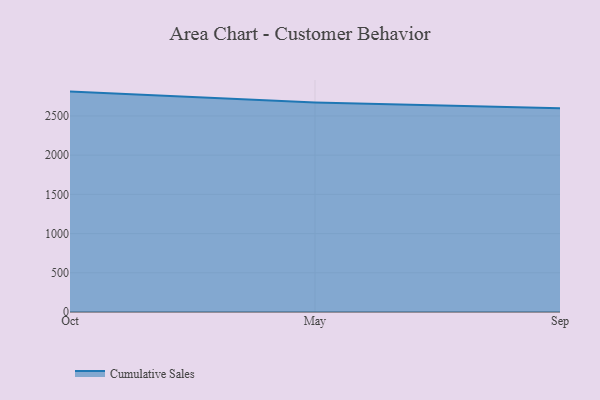
{"axis": {"x": "Month", "y": "Website Visitors"}, "legend": ["Cumulative Sales"], "data": [{"x": "Oct", "y": 2810.5, "type": "Cumulative Sales"}, {"x": "May", "y": 2672.1, "type": "Cumulative Sales"}, {"x": "Sep", "y": 2596.7, "type": "Cumulative Sales"}]}